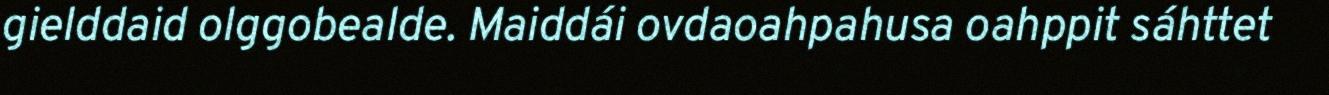
gielddaid olggobealde. Maiddái ovdaoahpahusa oahppit sáhttet